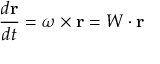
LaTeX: { \frac { d \mathbf { r } } { d t } } = { \boldsymbol { \omega } } \times \mathbf { r } = W \cdot \mathbf { r }